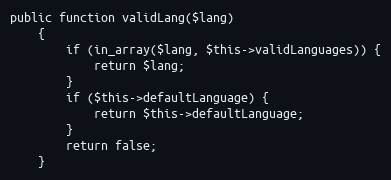
Language: PHP
public function validLang($lang)
    {
        if (in_array($lang, $this->validLanguages)) {
            return $lang;
        }
        if ($this->defaultLanguage) {
            return $this->defaultLanguage;
        }
        return false;
    }